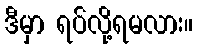
ဒီမှာ ရပ်လို့ရမလား။